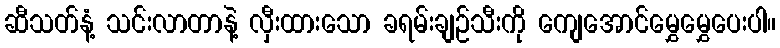
ဆီသတ်နံ့ သင်းလာတာနဲ့ လှီးထားသော ခရမ်းချဉ်သီးကို ကျေအောင်မွှေမွှေပေးပါ။